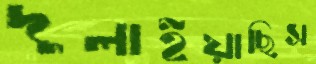
দুলাইয়াছিস